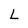
Character: I